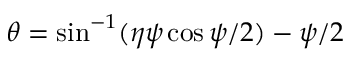
\theta = \sin ^ { - 1 } ( \eta \psi \cos \psi / 2 ) - \psi / 2